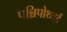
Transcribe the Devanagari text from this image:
पन्निपोथ्थई